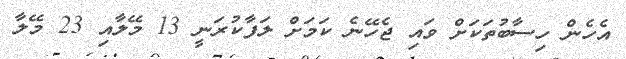
އެހެން ހިސާބުތަކަށް ވައި ޖެހޭނެ ކަމަށް ލަފާކުރަނީ 13 މޭލާއި 23 މޭލާ